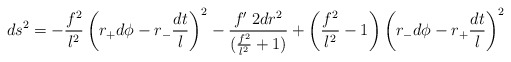
\begin{align*}ds^2 = -\frac{f^2}{l^2}\left( r_+ d \phi -r_-\frac{dt}{l}\right)^2 - \frac{ f{'\;2} dr^2}{(\frac{f^2}{l^2} +1)} + \left(\frac{f^2}{l^2}-1\right) \left( r_- d\phi - r_+\frac{dt}{l} \right)^2\end{align*}